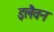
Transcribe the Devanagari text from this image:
इलैवन